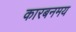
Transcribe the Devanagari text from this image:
कारबनमय